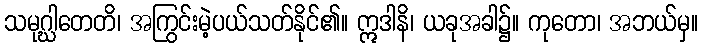
သမုဂ္ဃါတေတိ၊ အကြွင်းမဲ့ပယ်သတ်နိုင်၏။ ဣဒါနိ၊ ယခုအခါ၌။ ကုတော၊ အဘယ်မှ။